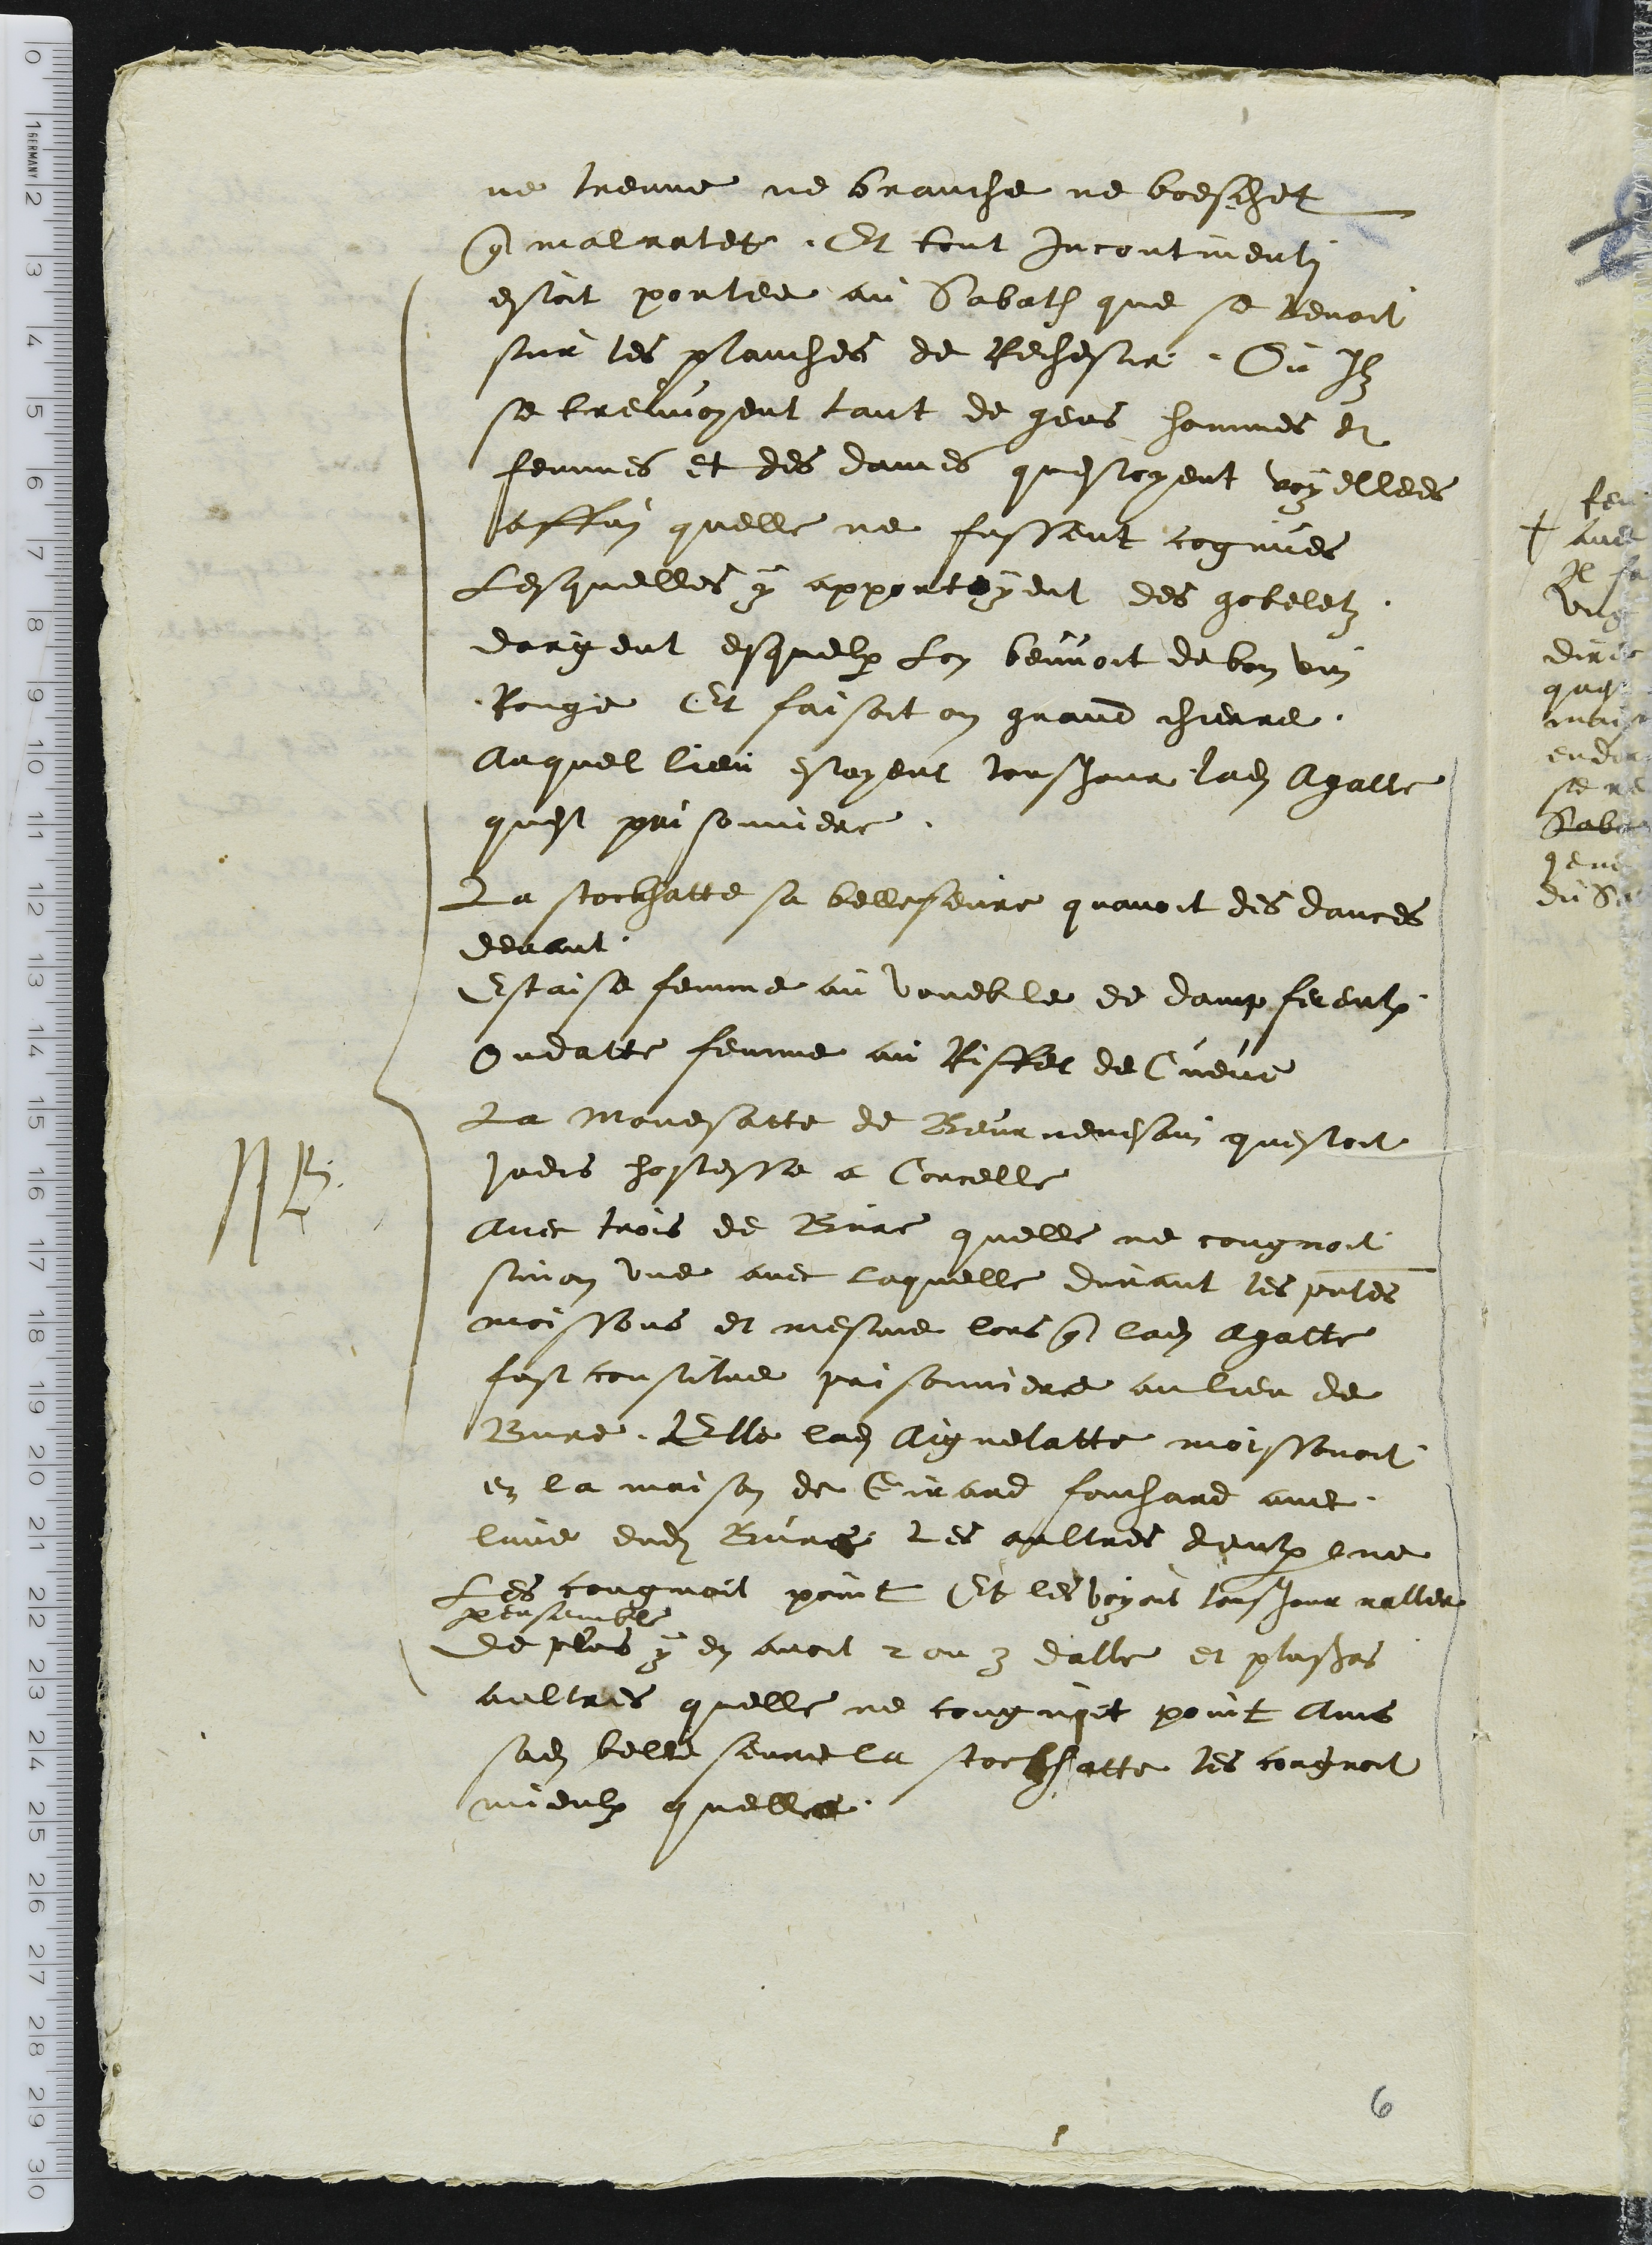
ne treuve ne branche ne boeschet
que malratet. Et tout incontinenti
estoit portee au Sabath que se tenoit
sur les planches de Rechesie. Ou Ilz
se treuvoyent tant de gens hommes et
femmes et des dames questoyent voyellees
affin quelle ne fussent cognues
Lesquelles y apportoyent des gobeletz
dargent esquelx Lon beuvoit de bon vin
Rouge Et faisoit on grand chierre
Auquel lieu estoyent tousjour ladite Agatte
quest prisonniere.
La stockhatte sa belleseure quavoit des dances
devant
Estaise femme au voueble de dampfereulx
Oudatte femme au Risfet de Cueve
La Mouesatte de Beurnevesain questoit
jadis hostesse a Corcelle
Avec trois de Bure quelle ne congnoit
sinon une avec laquelle durant les presentes
moisons et mesme lors que ladite Agatte
fust constitue prisonniere au lieu de
Bure Elle ladite Aignelatte moissonoit
en la maison de Girard fouchard avec
lune dudit Bure les aultres deux ne
Les cougnoit point Et les voyant tousjour raller
par ensemble
de plus y en avoit 2 ou y dalle et plusieurs
aultres quelle ne cougnoit point Ains
sadite belle sevrie la stockhatte les congnoit
mieulx quelle

14